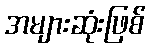
အများဆုံးဖြစ်